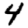
Digit: 4